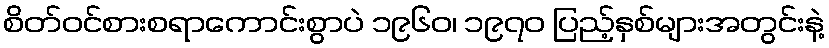
စိတ်ဝင်စားစရာကောင်းစွာပဲ ၁၉၆၀၊ ၁၉၇၀ ပြည့်နှစ်များအတွင်းနဲ့